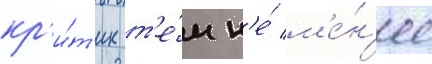
кр'и́т'ик т'е́м н'е́ м'е́н'ее